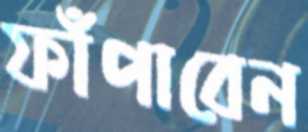
ফাঁপাবেন